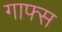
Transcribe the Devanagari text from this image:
गाफ्स